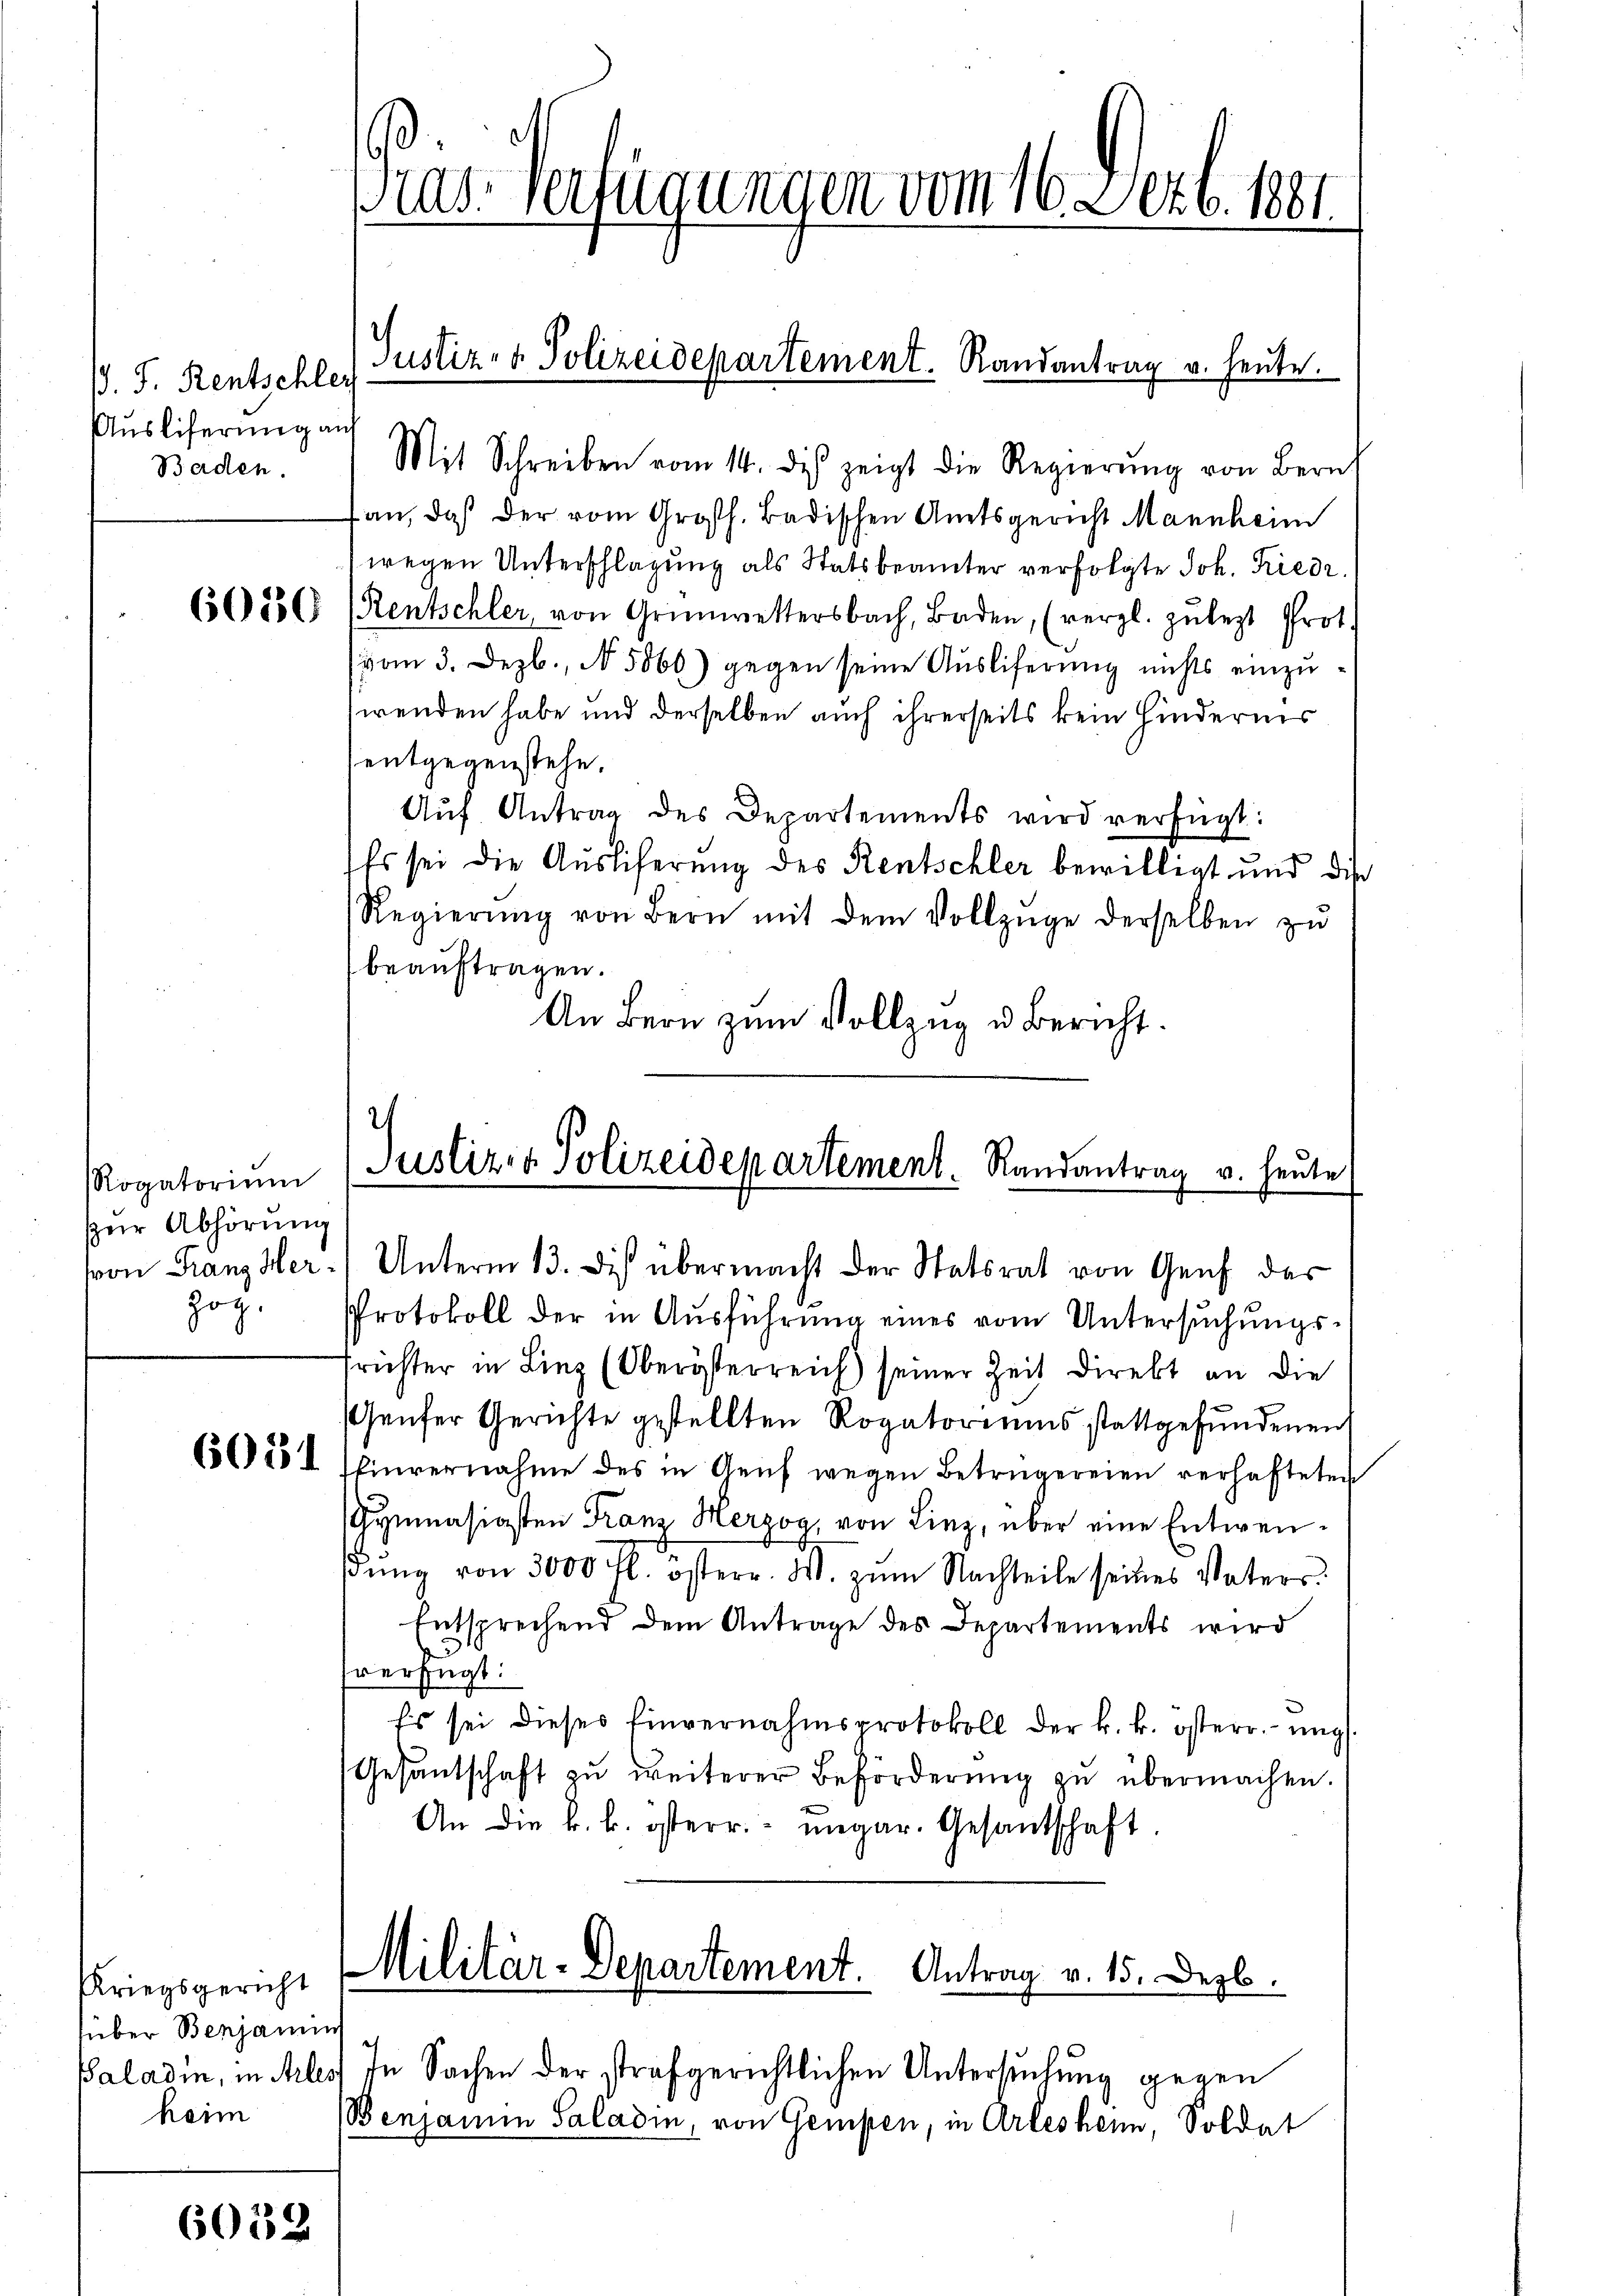
. J. Rentschleg
Auslieferung auf
Baden.

6050

Rogatorium
ur Abhörung
hoz.

Kriegsgericht
über Benjamins
heim

6032.

Pras. Verfügungen vom 16. Dezb. 1881.

fan, daß der vom Großh. Badischen Amtsgericht Mannheim
wegen Unterschlagung als Statsbeamter verfolgte Joh. Friedr.
Rentschler, von Grünwettersbach, Baden, (vergl. zŭ lezt Prot.
(vom 3. Dezb., N. 5060) gegen seine Auslieferung nichts einzuwenden habe und derselben auch ihrerseits kein Hindernis
entgegenstehe.
Aŭf Antrag des Departements wird verfügt:
Es sei die Ausliferung des Rentschler bewilligt und die
Regierŭng von Bern mit dem Vollzüge derselben zŭ
beauftragen.
An Bern zum Vollzug u. Bericht.

Justiz- & Polizeidepartement. Randantrag u. heute.
Mit Schreiben vom 14. des zeigt die Regierŭng von Bernh

2
Justiz & Polizeidepartement. Randantrag v. heute
von Franz Her - Unterm 13. Dis übermacht der Statsrat von Genf das

Protokoll der in Ausführung eines vom Untersuchungssrichter in Linz (Oberösterreich seiner Zeit Direkt an die
Genfer Gerichte gestellten Rogatoriums stattgefundenen
6615I Einvernahme des in Genf wegen Betrügereien verhafteten
Gymnasigsten Franz Herzog, von Linz, über eine Entwen-
dŭng von 3000 fl. österr. W. zŭm Nachteile seines Vaters.
Entsprechend dem Antrage des Departements wird
fverfügt:
Es sei dieses Einvernahmsprotokoll der k. k. österr. ung
Gesantschaft zu weiterer Beförderung zu übermachen.
An die k. k. österr. - megar. Gesantschaft.

Militär-Departement. Antrag v. 15. Dezb.
Baladin, in Arlest in Sachen der strafgerichtlichen Untersuchung gegen

Benjamin Saladin, von Gempen, in Arleshenn, Soldat